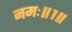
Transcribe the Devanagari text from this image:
नमः॥१॥